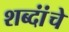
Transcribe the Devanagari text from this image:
शब्दांंचे